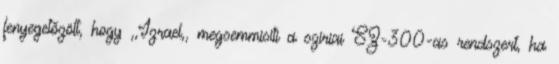
fenyegetőzött, hogy ,,Izrael,, megsemmisíti a szíriai SZ-300-as rendszert, ha